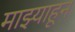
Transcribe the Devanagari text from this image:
माझ्याहून